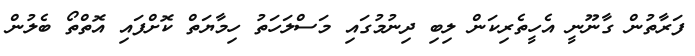
ފަރާތުން ގާނޫނީ އެހީތެރިކަން ލިބި ދިނުމުގައި މަސްލަހަތު ހިމާޔަތް ކޮށްފައި އޮތްތޯ ބެލުން